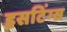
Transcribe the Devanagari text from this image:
हसटिंग्स